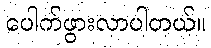
ပေါက်ဖွားလာပါတယ်။